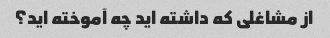
از مشاغلی که داشته اید چه آموخته اید؟